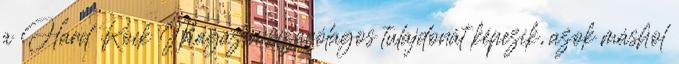
a Hard Rock Magazin kizárólagos tulajdonát képezik, azok máshol